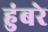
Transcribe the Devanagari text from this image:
हुंबरे